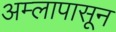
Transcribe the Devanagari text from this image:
अम्लापासून